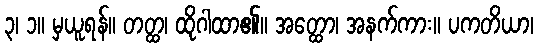
၃၊ ၁။ မှယူရန်။ တတ္ထ၊ ထိုဂါထာ၏။ အတ္ထော၊ အနက်ကား။ ပကတိယာ၊